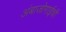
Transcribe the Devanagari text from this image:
अंबाजोगाईची